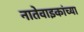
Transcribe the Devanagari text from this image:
नातेवाइकांच्या